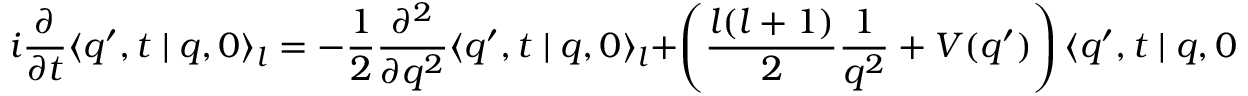
i \frac { \partial } { \partial t } \langle q ^ { \prime } , t \mid q , 0 \rangle _ { l } = - \frac { 1 } { 2 } \frac { \partial ^ { 2 } } { \partial q ^ { 2 } } \langle q ^ { \prime } , t \mid q , 0 \rangle _ { l } + \left( \frac { l ( l + 1 ) } { 2 } \frac { 1 } { q ^ { 2 } } + V ( q ^ { \prime } ) \right) \langle q ^ { \prime } , t \mid q , 0 \rangle _ { l } ,